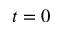
t = 0